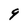
Character: 9